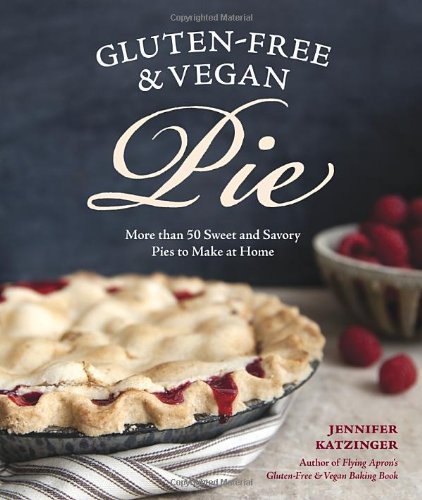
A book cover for Gluten-Free and Vegan Pie: More than 50 Sweet & Savory Pies to Make at Home; Jennifer Katzinger; Cookbooks, Food & Wine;